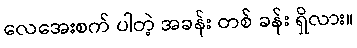
လေအေးစက် ပါတဲ့ အခန်း တစ် ခန်း ရှိလား။